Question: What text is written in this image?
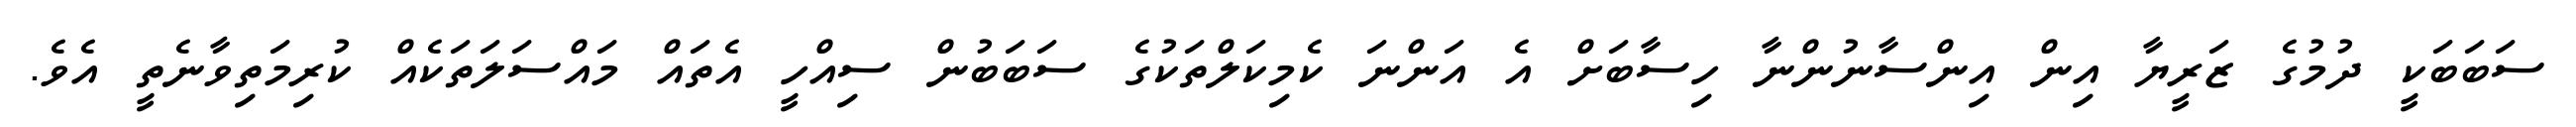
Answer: ސަބަބަކީ ދުމުގެ ޒަރީޔާ އިން އިންސާނުންނާ ހިސާބަށް އެ އަންނަ ކެމިކަލްތަކުގެ ސަބަބުން ސިއްހީ އެތައް މައްސަލަތަކެއް ކުރިމަތިވާނެތީ އެވެ.